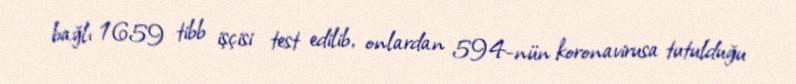
bağlı 1659 tibb işçisi test edilib, onlardan 594-nün koronavirusa tutulduğu